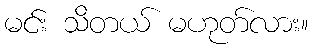
မင်း သိတယ် မဟုတ်လား။